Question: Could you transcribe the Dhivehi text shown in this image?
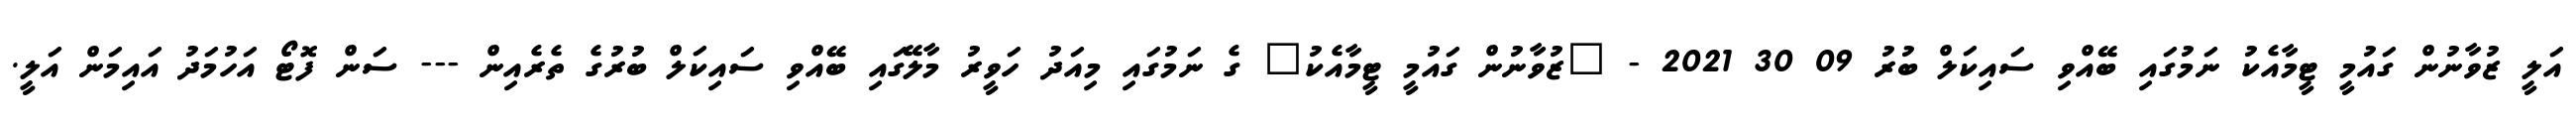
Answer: އަލީ ޒުވާނުން ގައުމީ ޓީމާއެކު ނަމުގައި ބޭއްވި ސައިކަލް ބުރު 09 30 2021 - "ޒުވާނުން ގައުމީ ޓީމާއެކު" ގެ ނަމުގައި މިއަދު ހަވީރު މާލޭގައި ބޭއްވި ސައިކަލް ބުރުގެ ތެރެއިން --- ސަން ފޮޓޯ އަހުމަދު އައިމަން އަލީ.